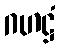
ဂဟဋ္ဌံ